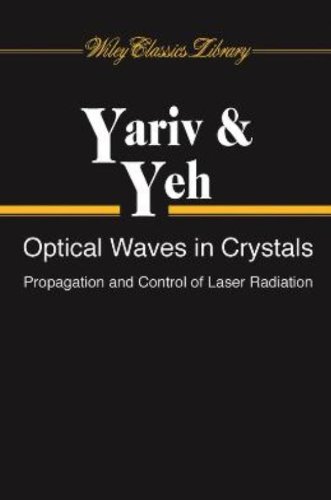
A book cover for Optical Waves in Crystals: Propagation and Control of Laser Radiation; Amnon Yariv; Science & Math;